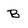
Character: b